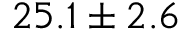
2 5 . 1 \pm 2 . 6